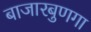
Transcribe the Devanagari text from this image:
बाजारबुणगा